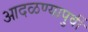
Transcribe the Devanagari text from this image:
आदळण्यापुर्वी